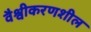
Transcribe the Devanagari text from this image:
वैश्वीकरणशील